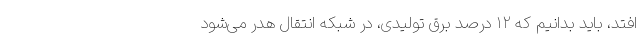
‌افتد، باید بدانیم که ۱۲ درصد برق تولیدی، در شبکه انتقال هدر می‌شود